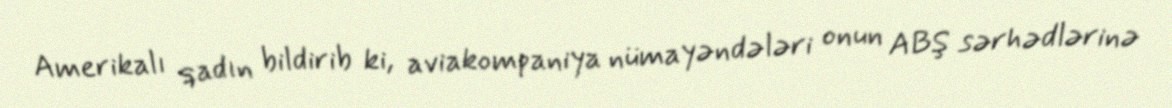
Amerikalı qadın bildirib ki, aviakompaniya nümayəndələri onun ABŞ sərhədlərinə